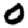
Digit: 0